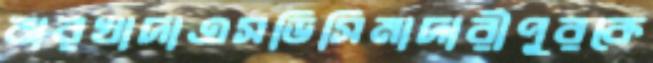
বারখাদাএসডিসিমাদারীপুরকে